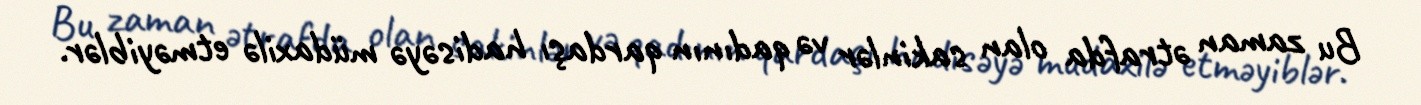
Bu zaman ətrafda olan sakinlər və qadının qardaşı hadisəyə müdaxilə etməyiblər.